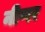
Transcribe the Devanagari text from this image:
नीप्पर